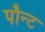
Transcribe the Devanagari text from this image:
पौन्ट